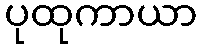
ပုထုကာယာ